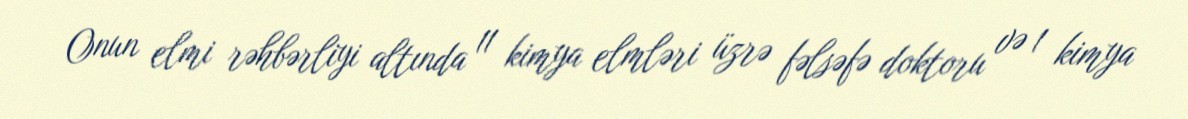
Onun elmi rəhbərliyi altında 11 kimya elmləri üzrə fəlsəfə doktoru və 1 kimya